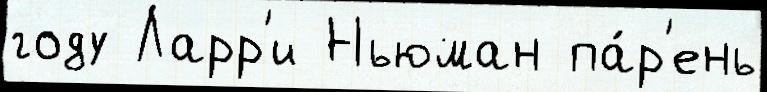
году Ларр'и Ньюман па́р'ень